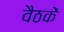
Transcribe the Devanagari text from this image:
वैठकें